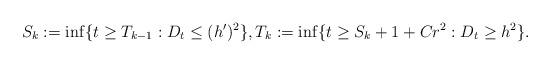
LaTeX: \begin{align*} S_{k} := \inf \{ t \geq T_{k-1} : D_t \leq (h')^2 \} , T_{k} := \inf \{ t \geq S_k + 1 + C r^2 : D_t \geq h^2 \} .\end{align*}